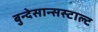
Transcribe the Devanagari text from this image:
बुन्देसान्सस्टाल्ट